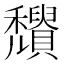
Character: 𥤒